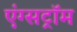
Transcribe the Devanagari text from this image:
एंग्सट्रॉम